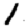
Digit: 1